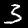
Label: 3